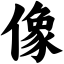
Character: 像